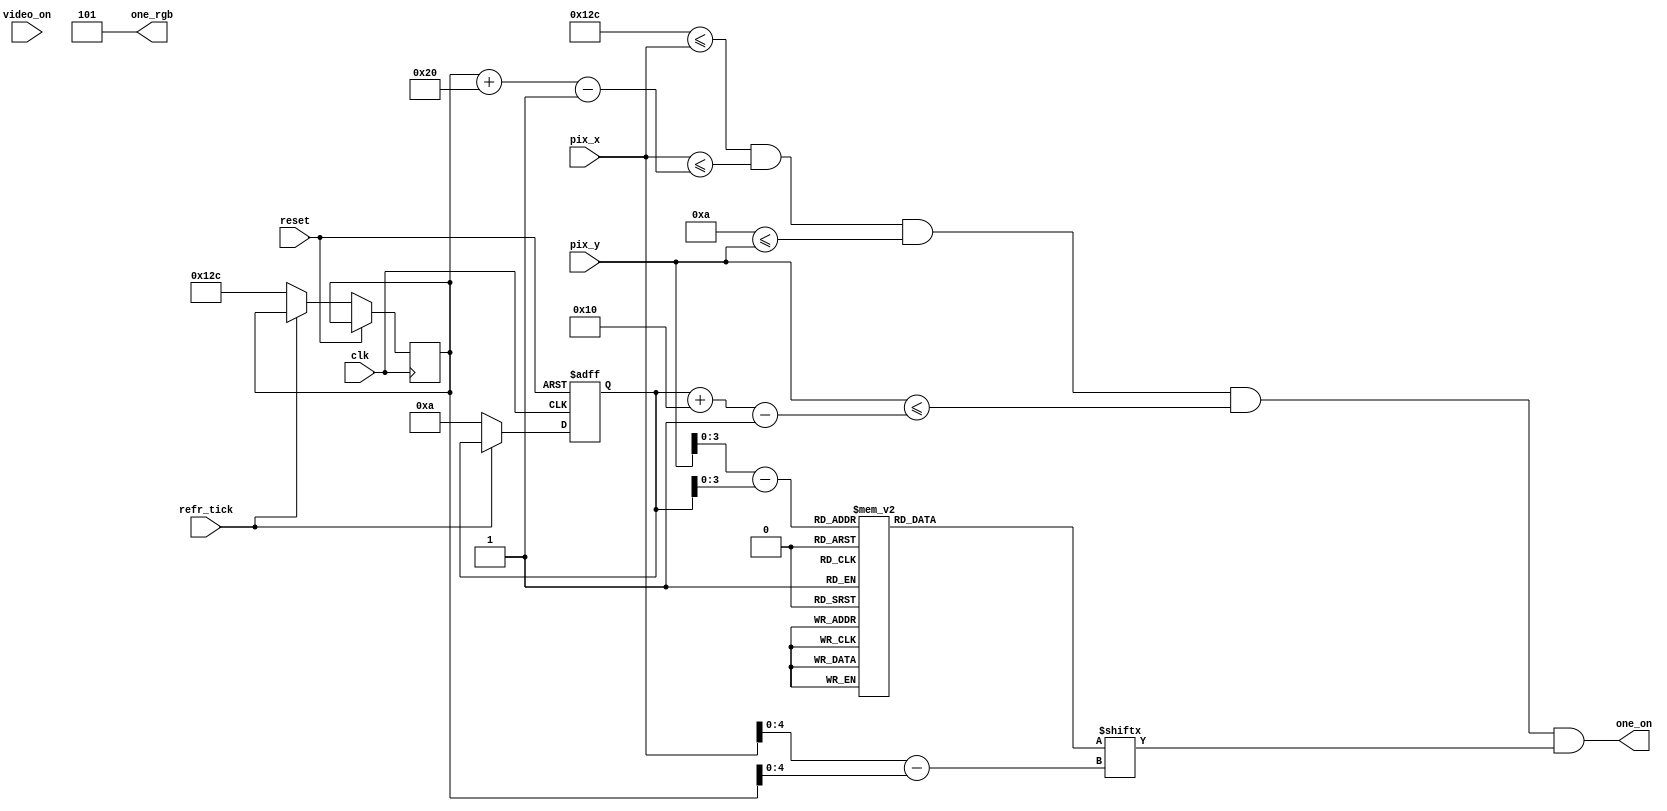
module One_1(clk, reset,video_on, refr_tick,pix_x,pix_y,one_on,one_rgb);
    input clk, reset;
    input video_on, refr_tick;
    input [9:0] pix_x;
    input [9:0] pix_y;
    output one_on;
    output [2:0] one_rgb;

  
  //--------------------------------------------
   // One Logo
   //--------------------------------------------
   wire [3:0] One_rom_addr; 
	wire [4:0] One_rom_col;
   reg [31:0] One_rom_data;
   wire One_rom_bit,One_Logo_on, Logo_on ;
   //--------------------------------------------
   // One Logo Positioning
   //--------------------------------------------
   // Logo Position left, Top boundary
   localparam One_X_L = 300;
	localparam One_X_R = 331;
   localparam One_X_T = 10;
	localparam One_X_B = 25;
   
   localparam One_Logo_x = 32;
   localparam One_Logo_y = 16;

	 // One left, right boundary
   wire [9:0] One_x_l, One_x_r;
   // One top, bottom boundary
   wire [9:0] One_y_t, One_y_b;
   // reg to track left, top position
   reg [9:0] One_x_reg, One_y_reg;
   wire [9:0] One_x_next, One_y_next; 

	// body
   //--------------------------------------------
   // One Logo
   //--------------------------------------------
   always @*
   case (One_rom_addr)
      6'h0: One_rom_data = 32'b00000000000000000000000000000110; //   ****
      6'h1: One_rom_data = 33'b00000000000000000000000000000110; //  ******
      6'h2: One_rom_data = 32'b00000000000000000000000000000110; // ********
      6'h3: One_rom_data = 32'b00000000000000000000000000000110; // ********
      6'h4: One_rom_data = 32'b00000000000000000000000000000110; // ********
      6'h5: One_rom_data = 32'b00000000000000000000000000000110; // ********
      6'h6: One_rom_data = 32'b00000000000000000000000000000110; //  ******
      6'h7: One_rom_data = 32'b00000000000000000000000000000000; //   ****
	   6'h8: One_rom_data = 32'b00000000000000000000000000000000; //   ****
      6'h9: One_rom_data = 32'b00000000000000000000000000000110; //  ******
      6'hA: One_rom_data = 32'b00000000000000000000000000000110; // ********
      6'hB: One_rom_data = 32'b00000000000000000000000000000110; // ********
      6'hC: One_rom_data = 32'b00000000000000000000000000000110; // ********
      6'hD: One_rom_data = 32'b00000000000000000000000000000110; // ********
      6'hE: One_rom_data = 32'b00000000000000000000000000000110; //  ******
      6'hF: One_rom_data = 32'b00000000000000000000000000000110; //   ****

   endcase

    //------------------------------------------
	 // Register for One logo
	 //------------------------------------------
	  // registers
   always @(posedge clk, posedge reset)
      if (reset)
         begin
           
			One_y_reg <= 0;
            
         end
      else
         begin
            
		   	One_x_reg <= One_x_next;
		   	One_y_reg <= One_y_next;
            
         end


	//--------------------------------------------
   // One Logo
   //--------------------------------------------
   // boundary
   assign One_x_l = One_x_reg;
   assign One_y_t = One_y_reg;
   assign One_x_r = One_x_l + One_Logo_x - 1;
   assign One_y_b = One_y_t + One_Logo_y - 1;
   // pixel within logo
   assign Logo_on =
            (One_X_L<=pix_x) && (pix_x<=One_x_r) &&
            (One_X_T<=pix_y) && (pix_y<=One_y_b);

	  //assign Logo_on =
     //       (One_x_l<=One_X_L) && (pix_x<=One_x_r) &&
     //       (One_y_t<=One_X_T) && (pix_y<=One_y_b);
   // map current pixel location to ROM addr/col
   assign One_rom_addr = pix_y[3:0] - One_y_t[3:0];
   assign One_rom_col = pix_x[4:0] - One_x_l[4:0];
   assign One_rom_bit = One_rom_data[One_rom_col];
   // pixel within logo
   assign one_on = (Logo_on & One_rom_bit);
   assign one_rgb = 3'b101; 
   
   //  assign One_x_next = (refr_tick)?  One_x_reg + 1'b1:One_x_reg;
   //	 assign One_y_next = (refr_tick) ? One_y_reg + 1'b1:One_y_reg;
   assign One_x_next = (refr_tick) ?  One_x_reg: One_X_L;
   assign One_y_next = (refr_tick) ? One_y_reg : One_X_T ;



endmodule